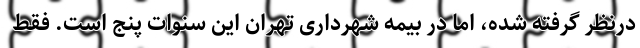
درنظر گرفته شده، اما در بیمه شهرداری تهران این سنوات پنج است. فقط